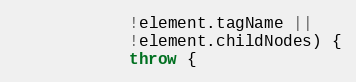
Language: JavaScript
            !element.tagName ||
            !element.childNodes) {
            throw {